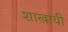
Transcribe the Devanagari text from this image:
शाखायी